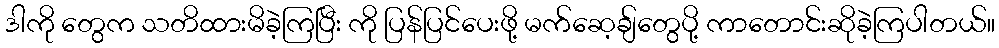
ဒါကို တွေက သတိထားမိခဲ့ကြပြီး ကို ပြန်ပြင်ပေးဖို့ မက်ဆေ့ချ်တွေပို့ ကာတောင်းဆိုခဲ့ကြပါတယ်။